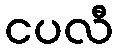
ငပလီ